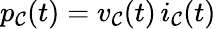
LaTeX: p_{\mathcal{C}}(t)=v_{\mathcal{C}}(t)\, i_{\mathcal{C}}(t)